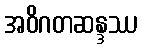
အဝိဂတဆန္ဒဿ